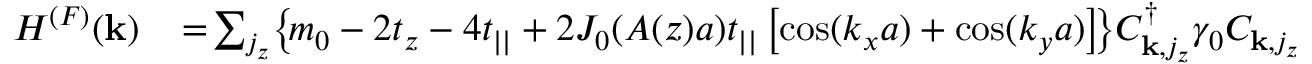
\begin{array} { r l } { H ^ { ( F ) } ( { \bf k } ) } & { { } \! = \! \sum _ { j _ { z } } \! \left\{ \! m _ { 0 } - 2 t _ { z } - 4 t _ { | | } + 2 { \cal J } _ { 0 } ( A ( z ) a ) t _ { | | } \left[ \cos ( k _ { x } a ) + \cos ( k _ { y } a ) \right] \! \right\} \! C _ { { \bf k } , j _ { z } } ^ { \dagger } \gamma _ { 0 } C _ { { \bf k } , j _ { z } } } \end{array}